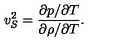
v _ { S } ^ { 2 } = \frac { \partial p / \partial T } { \partial \rho / \partial T } .